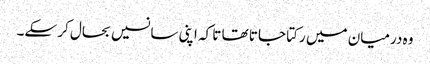
وہ درمیان میں رکتا جاتا تھا تا کہ اپنی سانسیں بحال کر سکے۔